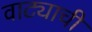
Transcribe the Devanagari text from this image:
वाट्याची